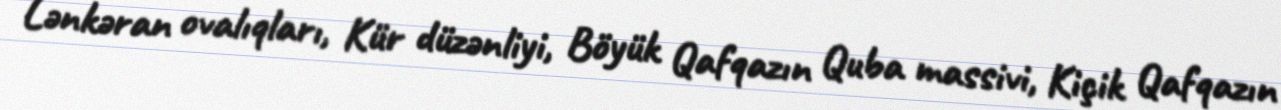
Lənkəran ovalıqları, Kür düzənliyi, Böyük Qafqazın Quba massivi, Kiçik Qafqazın